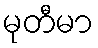
မုတီမာ